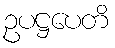
ဥပဋ္ဌပေတိ